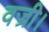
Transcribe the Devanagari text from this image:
वज्री।